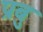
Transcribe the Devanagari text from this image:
प्रबु